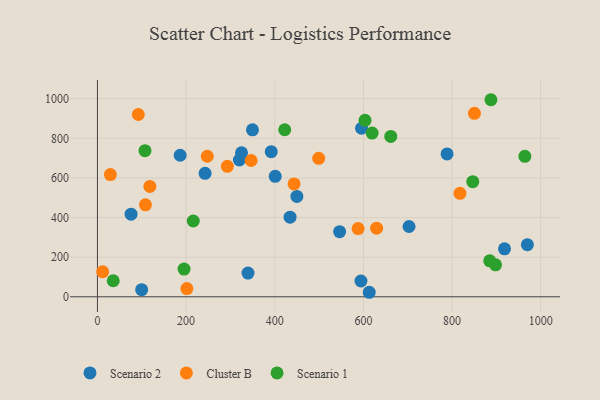
{"axis": {"x": "Investment", "y": "Profit"}, "legend": ["Cluster B", "Scenario 1", "Scenario 2"], "data": [{"x": "703.0", "y": 354.8, "type": "Scenario 2"}, {"x": "320.2", "y": 690.6, "type": "Scenario 2"}, {"x": "546.4", "y": 328.9, "type": "Scenario 2"}, {"x": "349.8", "y": 842.9, "type": "Scenario 2"}, {"x": "918.4", "y": 242.0, "type": "Scenario 2"}, {"x": "75.9", "y": 417.3, "type": "Scenario 2"}, {"x": "450.0", "y": 506.8, "type": "Scenario 2"}, {"x": "339.7", "y": 119.5, "type": "Scenario 2"}, {"x": "401.1", "y": 608.4, "type": "Scenario 2"}, {"x": "392.1", "y": 732.7, "type": "Scenario 2"}, {"x": "970.0", "y": 263.2, "type": "Scenario 2"}, {"x": "594.5", "y": 79.7, "type": "Scenario 2"}, {"x": "434.6", "y": 402.1, "type": "Scenario 2"}, {"x": "325.1", "y": 726.9, "type": "Scenario 2"}, {"x": "595.8", "y": 850.9, "type": "Scenario 2"}, {"x": "99.8", "y": 35.9, "type": "Scenario 2"}, {"x": "788.8", "y": 721.1, "type": "Scenario 2"}, {"x": "186.6", "y": 714.6, "type": "Scenario 2"}, {"x": "242.9", "y": 623.1, "type": "Scenario 2"}, {"x": "613.2", "y": 22.8, "type": "Scenario 2"}, {"x": "443.6", "y": 570.0, "type": "Cluster B"}, {"x": "11.7", "y": 126.4, "type": "Cluster B"}, {"x": "346.8", "y": 688.0, "type": "Cluster B"}, {"x": "118.3", "y": 557.1, "type": "Cluster B"}, {"x": "201.8", "y": 41.3, "type": "Cluster B"}, {"x": "108.3", "y": 464.1, "type": "Cluster B"}, {"x": "629.9", "y": 346.5, "type": "Cluster B"}, {"x": "293.1", "y": 658.6, "type": "Cluster B"}, {"x": "850.6", "y": 926.4, "type": "Cluster B"}, {"x": "499.2", "y": 698.9, "type": "Cluster B"}, {"x": "92.2", "y": 920.3, "type": "Cluster B"}, {"x": "247.8", "y": 709.6, "type": "Cluster B"}, {"x": "588.1", "y": 344.3, "type": "Cluster B"}, {"x": "817.8", "y": 522.4, "type": "Cluster B"}, {"x": "29.2", "y": 616.8, "type": "Cluster B"}, {"x": "603.7", "y": 891.1, "type": "Scenario 1"}, {"x": "422.5", "y": 843.3, "type": "Scenario 1"}, {"x": "887.8", "y": 994.9, "type": "Scenario 1"}, {"x": "898.2", "y": 161.2, "type": "Scenario 1"}, {"x": "846.8", "y": 581.0, "type": "Scenario 1"}, {"x": "619.7", "y": 826.6, "type": "Scenario 1"}, {"x": "195.4", "y": 139.8, "type": "Scenario 1"}, {"x": "107.3", "y": 737.8, "type": "Scenario 1"}, {"x": "216.2", "y": 382.6, "type": "Scenario 1"}, {"x": "661.8", "y": 809.8, "type": "Scenario 1"}, {"x": "885.1", "y": 181.7, "type": "Scenario 1"}, {"x": "35.6", "y": 80.9, "type": "Scenario 1"}, {"x": "964.3", "y": 709.3, "type": "Scenario 1"}]}